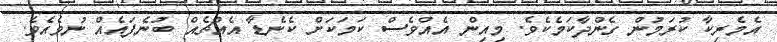
އެމެރިކާ ކުރަމުން ގެންދާކަމެކެވެ. މިއިން އެއްވެސް ކަމަކަށް ކެނެޑާ އެއްޗެއް ބުނެފައެއް ނުވެއެވެ.